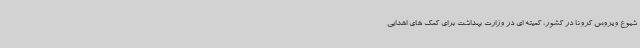
شیوع ویروس کرونا در کشور، کمیته ای در وزارت بهداشت برای کمک های اهدایی